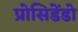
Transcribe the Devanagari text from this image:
प्रोसिडेंडो